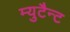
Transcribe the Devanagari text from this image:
म्युटैन्ट